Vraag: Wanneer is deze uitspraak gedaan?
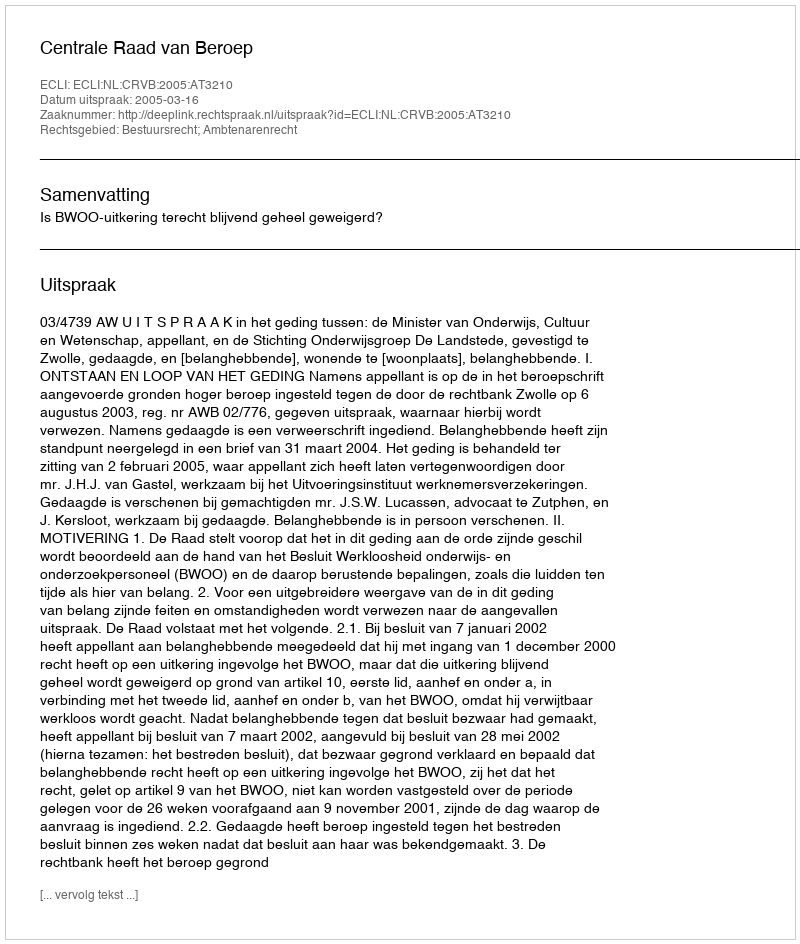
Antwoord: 2005-03-16